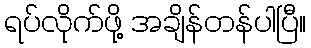
ရပ်လိုက်ဖို့ အချိန်တန်ပါပြီ။